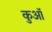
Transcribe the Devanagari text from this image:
कुआॅ